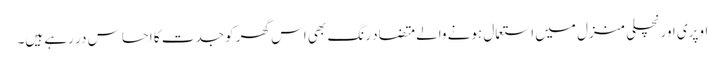
اوپری اور نچلی منزل میں استعمال ہونے والے متضاد رنگ بھی اس گھر کو جدت کا احساس در رہے ہیں۔